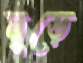
মুড়ে